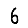
Digit: 6